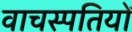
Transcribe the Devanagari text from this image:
वाचस्पतियों